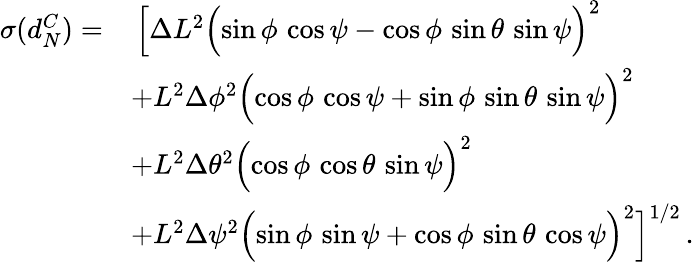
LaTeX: \begin{array}{rl}{\sigma(d_{N}^{C})=}&{\, \Bigl[\Delta L^{2}\Bigl(\sin\phi\, \cos\psi-\cos\phi\, \sin\theta\, \sin\psi\Bigr)^{2}}\\ &{+L^{2}\Delta\phi^{2}\Bigl(\cos\phi\, \cos\psi+\sin\phi\, \sin\theta\, \sin\psi\Bigr)^{2}}\\ &{+L^{2}\Delta\theta^{2}\Bigl(\cos\phi\, \cos\theta\, \sin\psi\Bigr)^{2}}\\ &{+L^{2}\Delta\psi^{2}\Bigl(\sin\phi\, \sin\psi+\cos\phi\, \sin\theta\, \cos\psi\Bigr)^{2}\Bigr]^{1/2}\, .}\end{array}